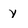
Character: y